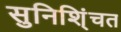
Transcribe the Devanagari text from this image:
सुनिशि्ंचत